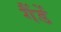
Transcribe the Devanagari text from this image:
गैंडें